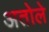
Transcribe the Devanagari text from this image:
अतोले